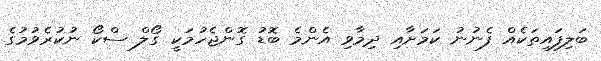
ބަލިފައިތަކެއް ފެނުނު ކަމަށާއި ދިމާވި އެންމެ ބޮޑު ގޮންޖެހުމަކީ ގޯލް ސްކޯ ނުކުރެވުމުގެ